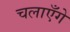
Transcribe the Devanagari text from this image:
चलाएँगे